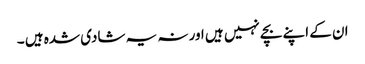
ان کے اپنے بچے نہیں ہیں اور نہ یہ شادی شدہ ہیں ۔